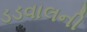
ડડવાલની